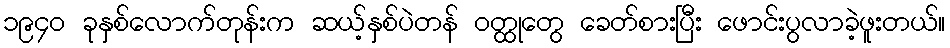
၁၉၄၀ ခုနှစ်လောက်တုန်းက ဆယ့်နှစ်ပဲတန် ဝတ္ထုတွေ ခေတ်စားပြီး ဖောင်းပွလာခဲ့ဖူးတယ်။